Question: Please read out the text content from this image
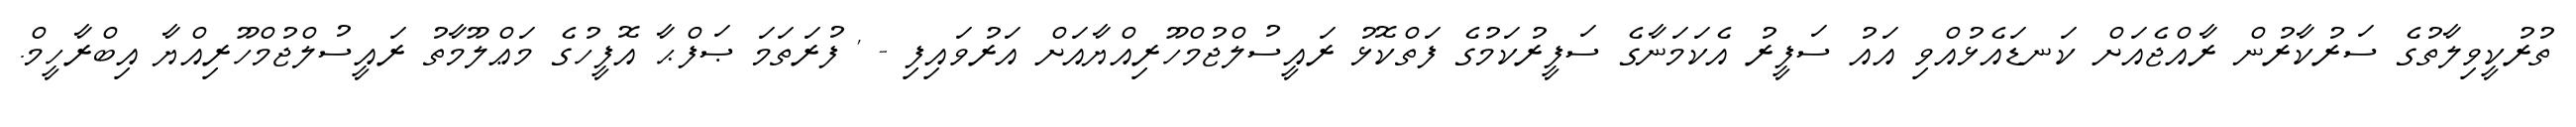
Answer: ތުރުކީވިލާތުގެ ސަރުކާރުން ރާއްޖެއަށް ކަނޑައެޅުއްވި އައު ސަފީރު އެކަމަނާގެ ސަފީރުކަމުގެ ފަތްކޮޅު ރައީސުލްޖުމްހޫރިއްޔާއަށް އަރުވައިފި - ' ފުރަތަމަ ޞަފްޙާ އޮފީހުގެ މަޢްލޫމާތު ރައީސުލްޖުމްހޫރިއްޔާ އިބްރާހީމް.